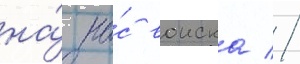
на́ на́с воиска //